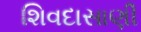
શિવદાસાણી